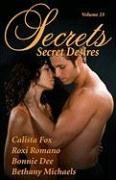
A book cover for Secrets, Vol. 23: Secret Desires; Calista Fox; Romance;